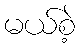
မယ်စဲ့